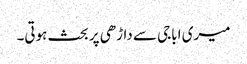
میری اباجی سے داڑھی پر بحث ہوتی۔